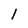
Character: l